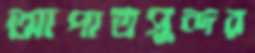
আপাতসুন্দর